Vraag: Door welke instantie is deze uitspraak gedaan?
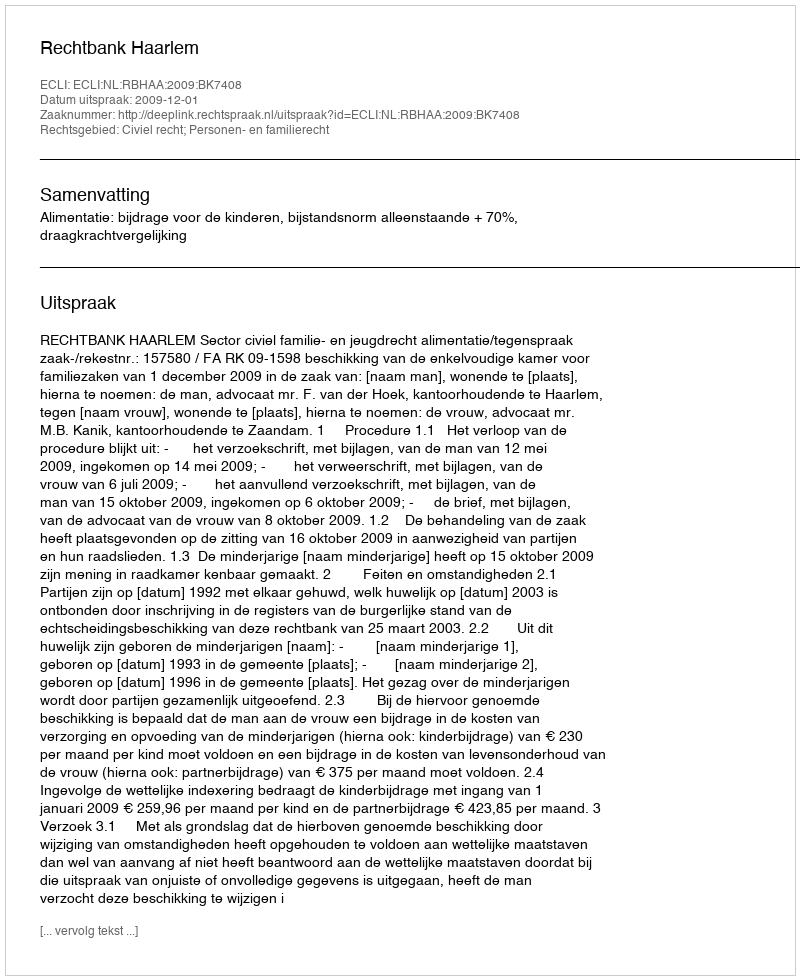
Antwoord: Rechtbank Haarlem